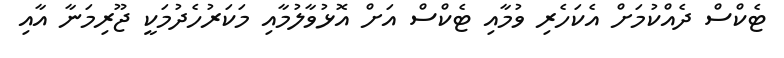
ޓެކްސް ދެއްކުމަށް އެކަހެރި ވުމާއި ޓެކްސް އަށް އޮޅުވާލުމާއި މަކަރުހެދުމަކީ ޖޫރިމަނާ އާއި